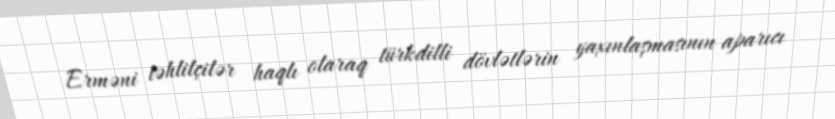
Erməni təhlilçilər haqlı olaraq türkdilli dövlətlərin yaxınlaşmasının aparıcı